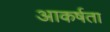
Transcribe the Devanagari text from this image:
आकर्षता